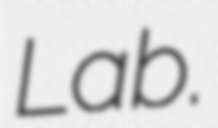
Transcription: Lab.